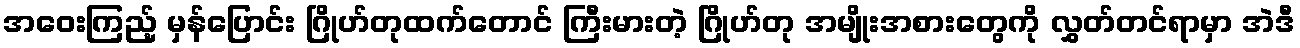
အဝေးကြည့် မှန်ပြောင်း ဂြိုဟ်တုထက်တောင် ကြီးမားတဲ့ ဂြိုဟ်တု အမျိုးအစားတွေကို လွှတ်တင်ရာမှာ အဲဒီ